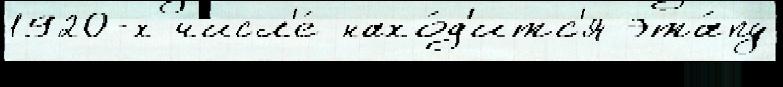
1920-х числ'е́ нахо́д'итс'я эта́пу